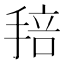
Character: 𢮏